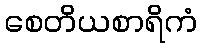
စေတိယစာရိကံ